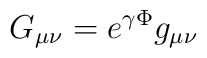
G_{\mu\nu} = e^{\gamma\Phi} g_{\mu\nu}